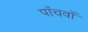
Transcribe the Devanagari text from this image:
पाँचवों